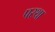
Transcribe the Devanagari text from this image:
परथा